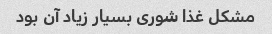
مشکل غذا شوری بسیار زیاد آن بود